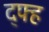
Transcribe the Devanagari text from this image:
द्फ्ह